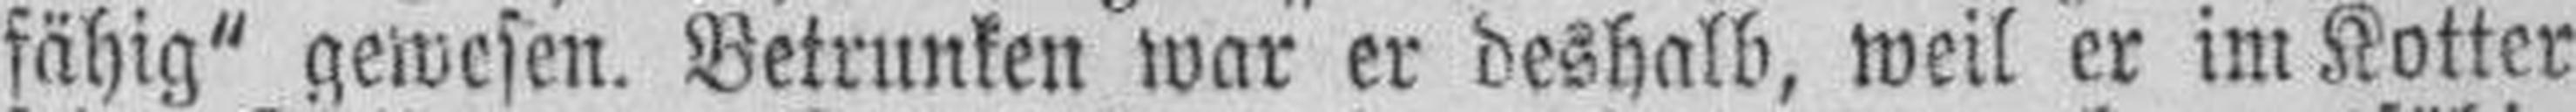
fähig" gewesen. Betrunken war er deshalb, weil er im Kotter